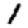
Digit: 1